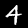
Digit: 4